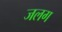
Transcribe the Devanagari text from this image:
जलग